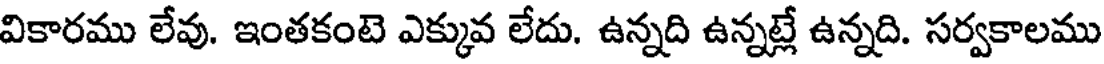
వికారము లేవు. ఇంతకంటె ఎక్కువ లేదు. ఉన్నది ఉన్నట్లే ఉన్నది. సర్వకాలము